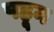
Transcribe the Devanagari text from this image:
पहून